Annual report of the Civil Veterinary Department, Bengal, for the year 1897-98 - 1897-1898
Year: 1897
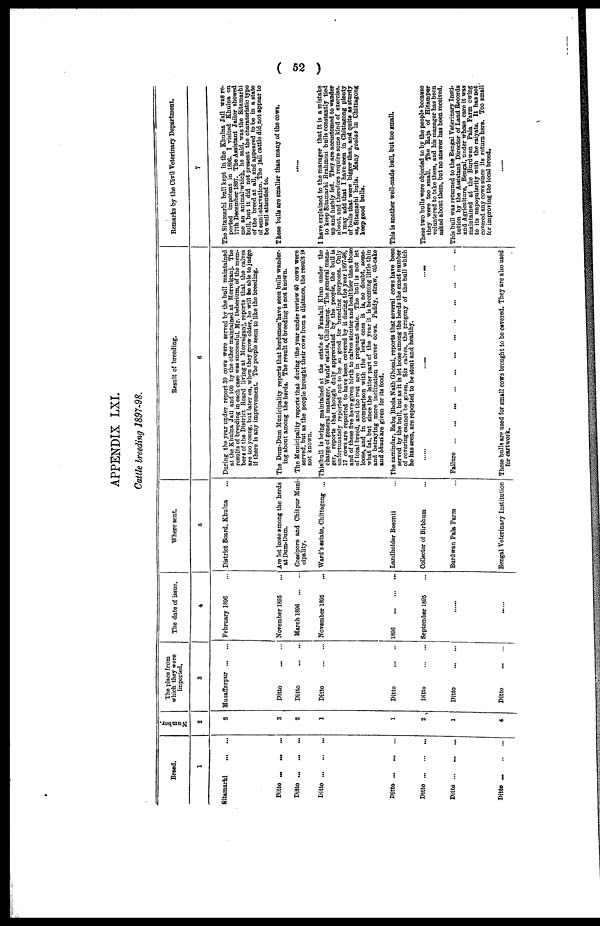
( 52 )
APPENDIX LXI.
Cattle breeding 1897-98.
Breed.
1
Sitamarhi
...
...
Ditto ... ... ...
Ditto ... ... ...
Ditto ... ... ...
Ditto
...
...
...
Ditto
...
...
...
Ditto ... ... ...
Ditto
...
...
...
Number,
2
2
3
2
1
1
2
1
4
The place from
which they were
imported.
3
Muzaffarpur ... ...
Ditto
...
...
Ditto
...
...
Ditto
...
...
Ditto
...
...
Ditto
...
...
Ditto
...
...
Ditto
...
...
The date of issue.
4
February 1896 ...
November 1895 ...
March 1896
...
...
November 1895 ...
1896 ... ... ...
September 1895 ...
Where sent.
5
District Board, Khulna ...
Are let loose among the herds
at Dum-Dum.
Cossipore and Chitpur Muni-
cipality.
Ward's estate, Chittagong ...
Landholder Bosonti ...
Collector of Birbhum ...
Burdwan Pala Farm ...
Bengal Veterinary Institution
Result of breeding.
6
During the year under report 80 cows were served by the bull maintained
at the Khulna Jail and 100 by the other maintained at Morrelganj. The
results of breeding in each case was successful. Mr. Deberium, of the mem-
bers of the District Board living at Morrelganj, reports that the calves
are too young, but later on, when they grow older, he will be able to judge
if there is any improvement. The people seem to like the breeding.
The Dnm-Dum Municipality reports that herdsmen have seen bulls wander-
ing about among the herds. The result of breeding is not known.
The Municipality reports that during the year under review 40 cows were
served, but as the people brought their cows from a distance, the result is
not known.
This bull is being maintained at the estate of Fazalali Khan under the
charge of general manager, Wards' estate, Chittagong. The general mana-
ger, reports that though duly appreciated by the people, the bull is
unfortunately reported not to be so good for breeding purposes. Only
17 cows are reported to have been covered by it during the year 1897-98,
and of these five have given birth to calves stouter and healthier than those
of local breed, and the rest are in pregnant state. The bull is not let
loose, and in comparison with the local ones it is, no doubt, some-
what fat, but since the latter part of the year it is becoming little thin
and betraying more inclination to cover cows. Paddy, straw, oil-cake
and bhusi are given for its food.
The zamindar, Babu Bhola Nath Ghosal, reports that several cows have been
served by the bull, but as it is let loose among the herds the exact number
of covering cannot be given. Six calves, the progeny of the bull which
he has seen, are reported to be stout and healthy.
.... ....
Failure ... ... ... ... ... ... ... ... ... ... ... ...
These bulls are used for small cows brought to be Covered. They are also used
for cartwork.
Remarks by the Civil Veterinary Department.
7
The Sitamarhi bull kept in the Khulna Jail was re-
ported impotent in 1896. I visited Khulna on
17th December 1897. The Assistant Jailor showed
me an animal which, he said, was the Sitamarhi
bull, but it did not present the charateristio type
of the breed at all, and appeared to be in a state
of semi-starvation. The jail cattle did not appear to
be well attended to.
These bulls are smaller than many of the cows.
.....
I have explained to the manager that it is a mistake
to keep Sitamarhi Brahmini bulls constantly tied
up and highly fed. They are accustomed to wander
about, and therefore require some kind of exercise.
I may add that I have seen in Chittagong plenty
of bulls that were bigger than, and quite as sturdy
as, Sitamarhi bulls. Many goalas in Chittagong
keep good bulls.
This is another well-made bull, but too small.
These two bulls wore objected to by the people because
they were too small. The Raja of Hitampur
voluntered to take them, and his manager has been
asked about them, but no answer has been received.
This bull was returned to the Bengal Veterinary Insti-
tution by the Assistant Director of Land Records
and Agriculture, Bengal, under whose care it was
maintained at the Burdwan Pala Farm owing
to its unpopularity with the raiyats. It has not
covered any cows since its return here. Too small
for improving the local breed.
......